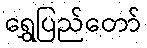
ရွှေပြည်တော်